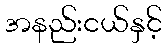
အနည်းငယ်နှင့်